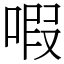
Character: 㗇